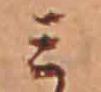
ミ